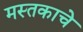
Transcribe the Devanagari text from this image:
मस्तकाचे